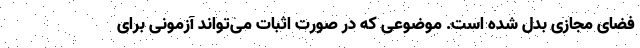
فضای مجازی بدل شده است. موضوعی که در صورت اثبات می‌تواند آزمونی برای